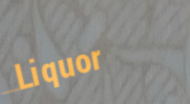
Liquor